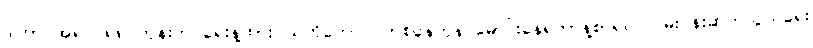
ဒါဟာ အရင် ၈၈ တုန်းက ရေးနဲ့ထားဝယ်ကိုတောင် တစ်နေကုန် မောင်းနေရတာနဲ့စာရင် လမ်းပန်းဆက်သွယ်ရေး